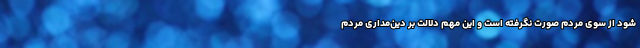
شود از سوی مردم صورت نگرفته است و این مهم دلالت بر دین‌مداری مردم